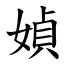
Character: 媜